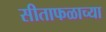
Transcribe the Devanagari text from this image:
सीताफळाच्या